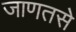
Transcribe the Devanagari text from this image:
जाणतसे